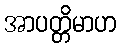
အာပတ္တိမာဟ